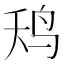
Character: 𮭢